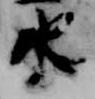
水